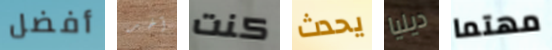
أفضل آخر كنت يحدث ديليا مهتما